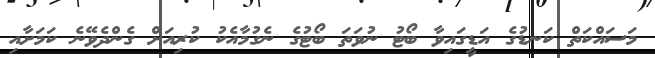
މަސައްކަތް ކަނޑުގެ އަޑީގައިވާ ބޯޓު ނުވަތަ ބޯޓުގެ ނެގުމާއެކު ކުރިއަށް ގެންދެވޭނެ ކަމަށާއި